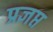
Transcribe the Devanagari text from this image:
प्रज्ञप्त